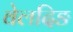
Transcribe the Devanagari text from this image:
वेलदिङ